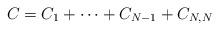
LaTeX: \begin{align*}C = C_1 + \cdots + C_{N-1} + C_{N,N}\end{align*}